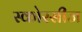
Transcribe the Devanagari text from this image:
स्कोरसीज